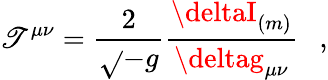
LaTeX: \mathscr{T}^{\mu\nu}={\frac{{2}}{{\sqrt{}{{-g}}}}}{\frac{{\deltaI_{(m)}}}{{\deltag_{\mu\nu}}}}~~~,